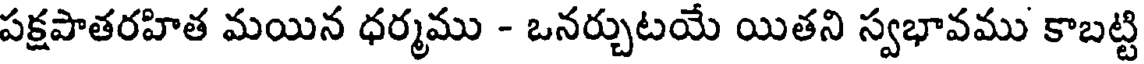
పక్షపాతరహిత మయిన ధర్మము - ఒనర్చుటయే యితని స్వభావము కాబట్టి